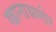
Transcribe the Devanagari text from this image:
खानासमोर